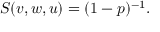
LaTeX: S ( v , w , u ) = ( 1 - p ) ^ { - 1 } .